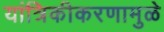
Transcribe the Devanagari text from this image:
यांत्रिकीकरणामुळे